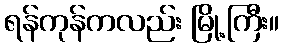
ရန်ကုန်ကလည်း မြို့ကြီး။